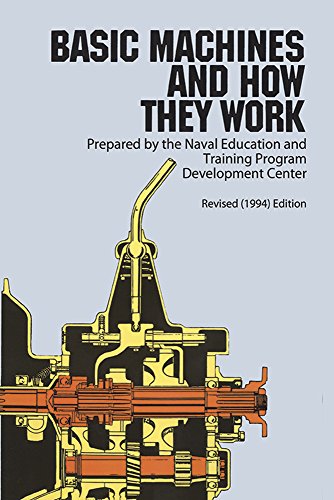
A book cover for Basic Machines and How They Work; Naval Education And Training Program; Engineering & Transportation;